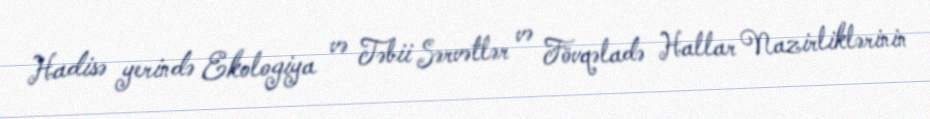
Hadisə yerində Ekologiya və Təbii Sərvətlər və Fövqəladə Hallar Nazirliklərinin